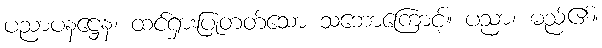
ပညာပနဋ္ဌေန၊ ထင်ရှားပြုတတ်သော သဘောကြောင့်။ ပညာ၊ မည်၏။